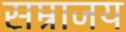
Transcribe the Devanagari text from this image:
सम्राजय